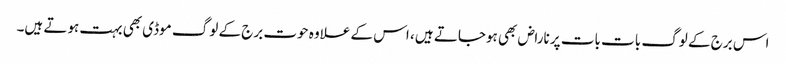
اس برج کے لوگ بات بات پر ناراض بھی ہوجاتے ہیں ، اس کے علاوہ حوت برج کے لوگ موڈی بھی بہت ہوتے ہیں۔